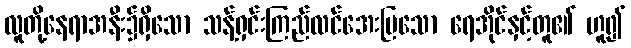
လူတို့နေရာအနီး၌ရှိသော သန့်ရှင်းကြည်လင်အေးမြသော ရေအိုင်နှင့်တူ၏ ဟူ၍